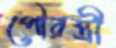
পৌরস্ত্রী